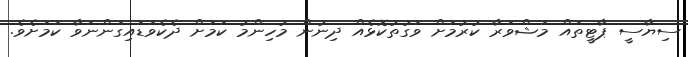
ސިޔާސީ ޕާޓީތައް މަޝްވަރާ ކުރުމަށް ވަގުތުކޮޅެއް ދިނުން މުހިންމު ކަމަށް ދެކެވަޑައިގަންނަވާ ކަމަށެވެ.